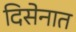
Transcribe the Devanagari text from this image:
दिसेनात